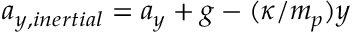
a _ { y , i n e r t i a l } = a _ { y } + g - ( \kappa / m _ { p } ) y